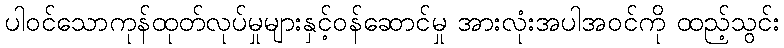
ပါဝင်သောကုန်ထုတ်လုပ်မှုများနှင့်ဝန်ဆောင်မှု အားလုံးအပါအဝင်ကို ထည့်သွင်း